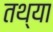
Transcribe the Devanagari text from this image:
तथ्या